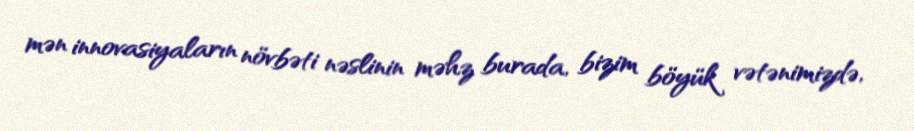
mən innovasiyaların növbəti nəslinin məhz burada, bizim böyük vətənimizdə,